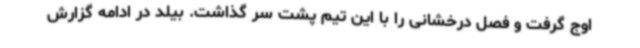
اوج گرفت و فصل درخشانی را با این تیم پشت سر گذاشت. بیلد در ادامه گزارش